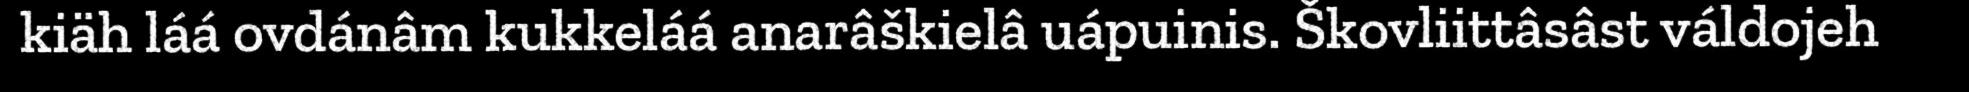
kiäh láá ovdánâm kukkeláá anarâškielâ uápuinis. Škovliittâsâst váldojeh